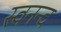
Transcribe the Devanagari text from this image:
स्वनन्द